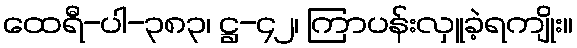
ထေရီ-ပါ-၃၈၃၊ ဋ္ဌ-၄၂၊ ကြာပန်းလှူခဲ့ရကျိုး။